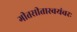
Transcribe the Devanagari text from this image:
गीतसीतास्वयंवरः